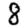
Digit: 8